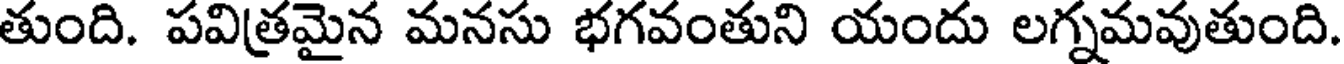
తుంది. పవిత్రమైన మనసు భగవంతుని యందు లగ్నమవుతుంది.